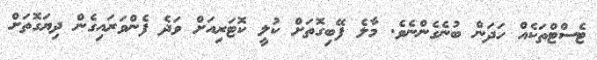
ޓެސްޓްތަކެއް ހަދަން ބުނެގެންނެވެ. މާލެ ފޭބިގޮތަށް ކުލީ ކޮޓަރިއަށް ވަދެ ފެންވަރައިގެން ދިޔަގޮތަށް